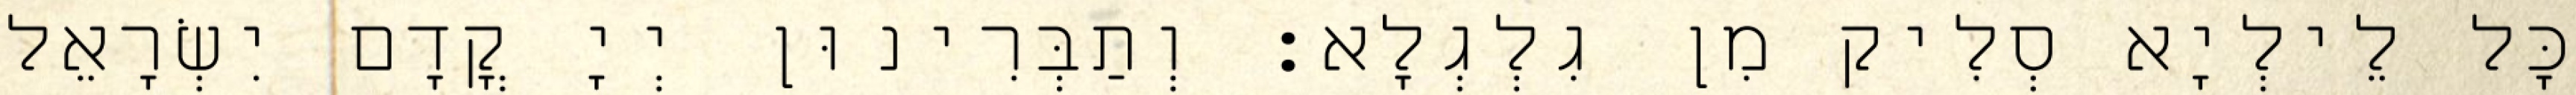
כָּל לֵילְיָא סְלִיק מִן גִלְגְלָא׃ וְתַבְּרִינוּן יְיָ קֳדָם יִשְׂרָאֵל